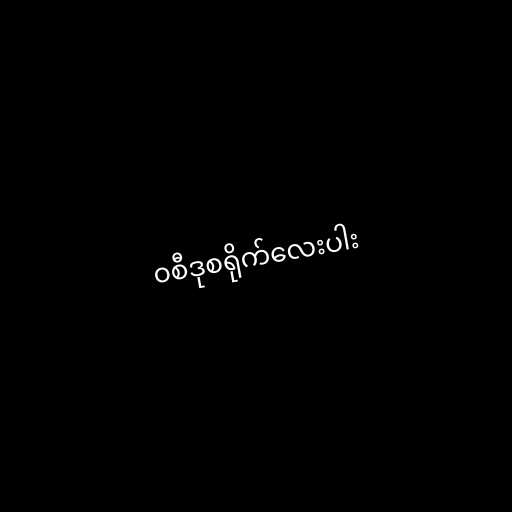
၀စီဒုစရိုက်လေးပါး